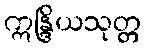
ဣန္ဒြိယသုတ္တ